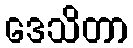
ဒေသိတာ